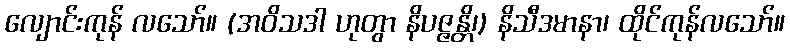
လျောင်းကုန် လသော်။ (အဝိသဒါ ဟုတွာ နိပဇ္ဇန္တိ၊) နိသီဒမာနာ၊ ထိုင်ကုန်လသော်။